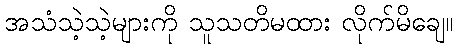
အသံသဲ့သဲ့များကို သူသတိမထား လိုက်မိချေ။